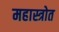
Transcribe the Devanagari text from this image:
महास्त्रोत